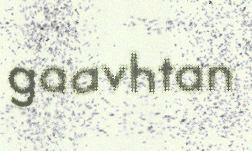
gaavhtan